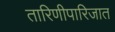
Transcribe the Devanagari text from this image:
तारिणीपारिजात